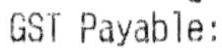
GST PAYABLE: